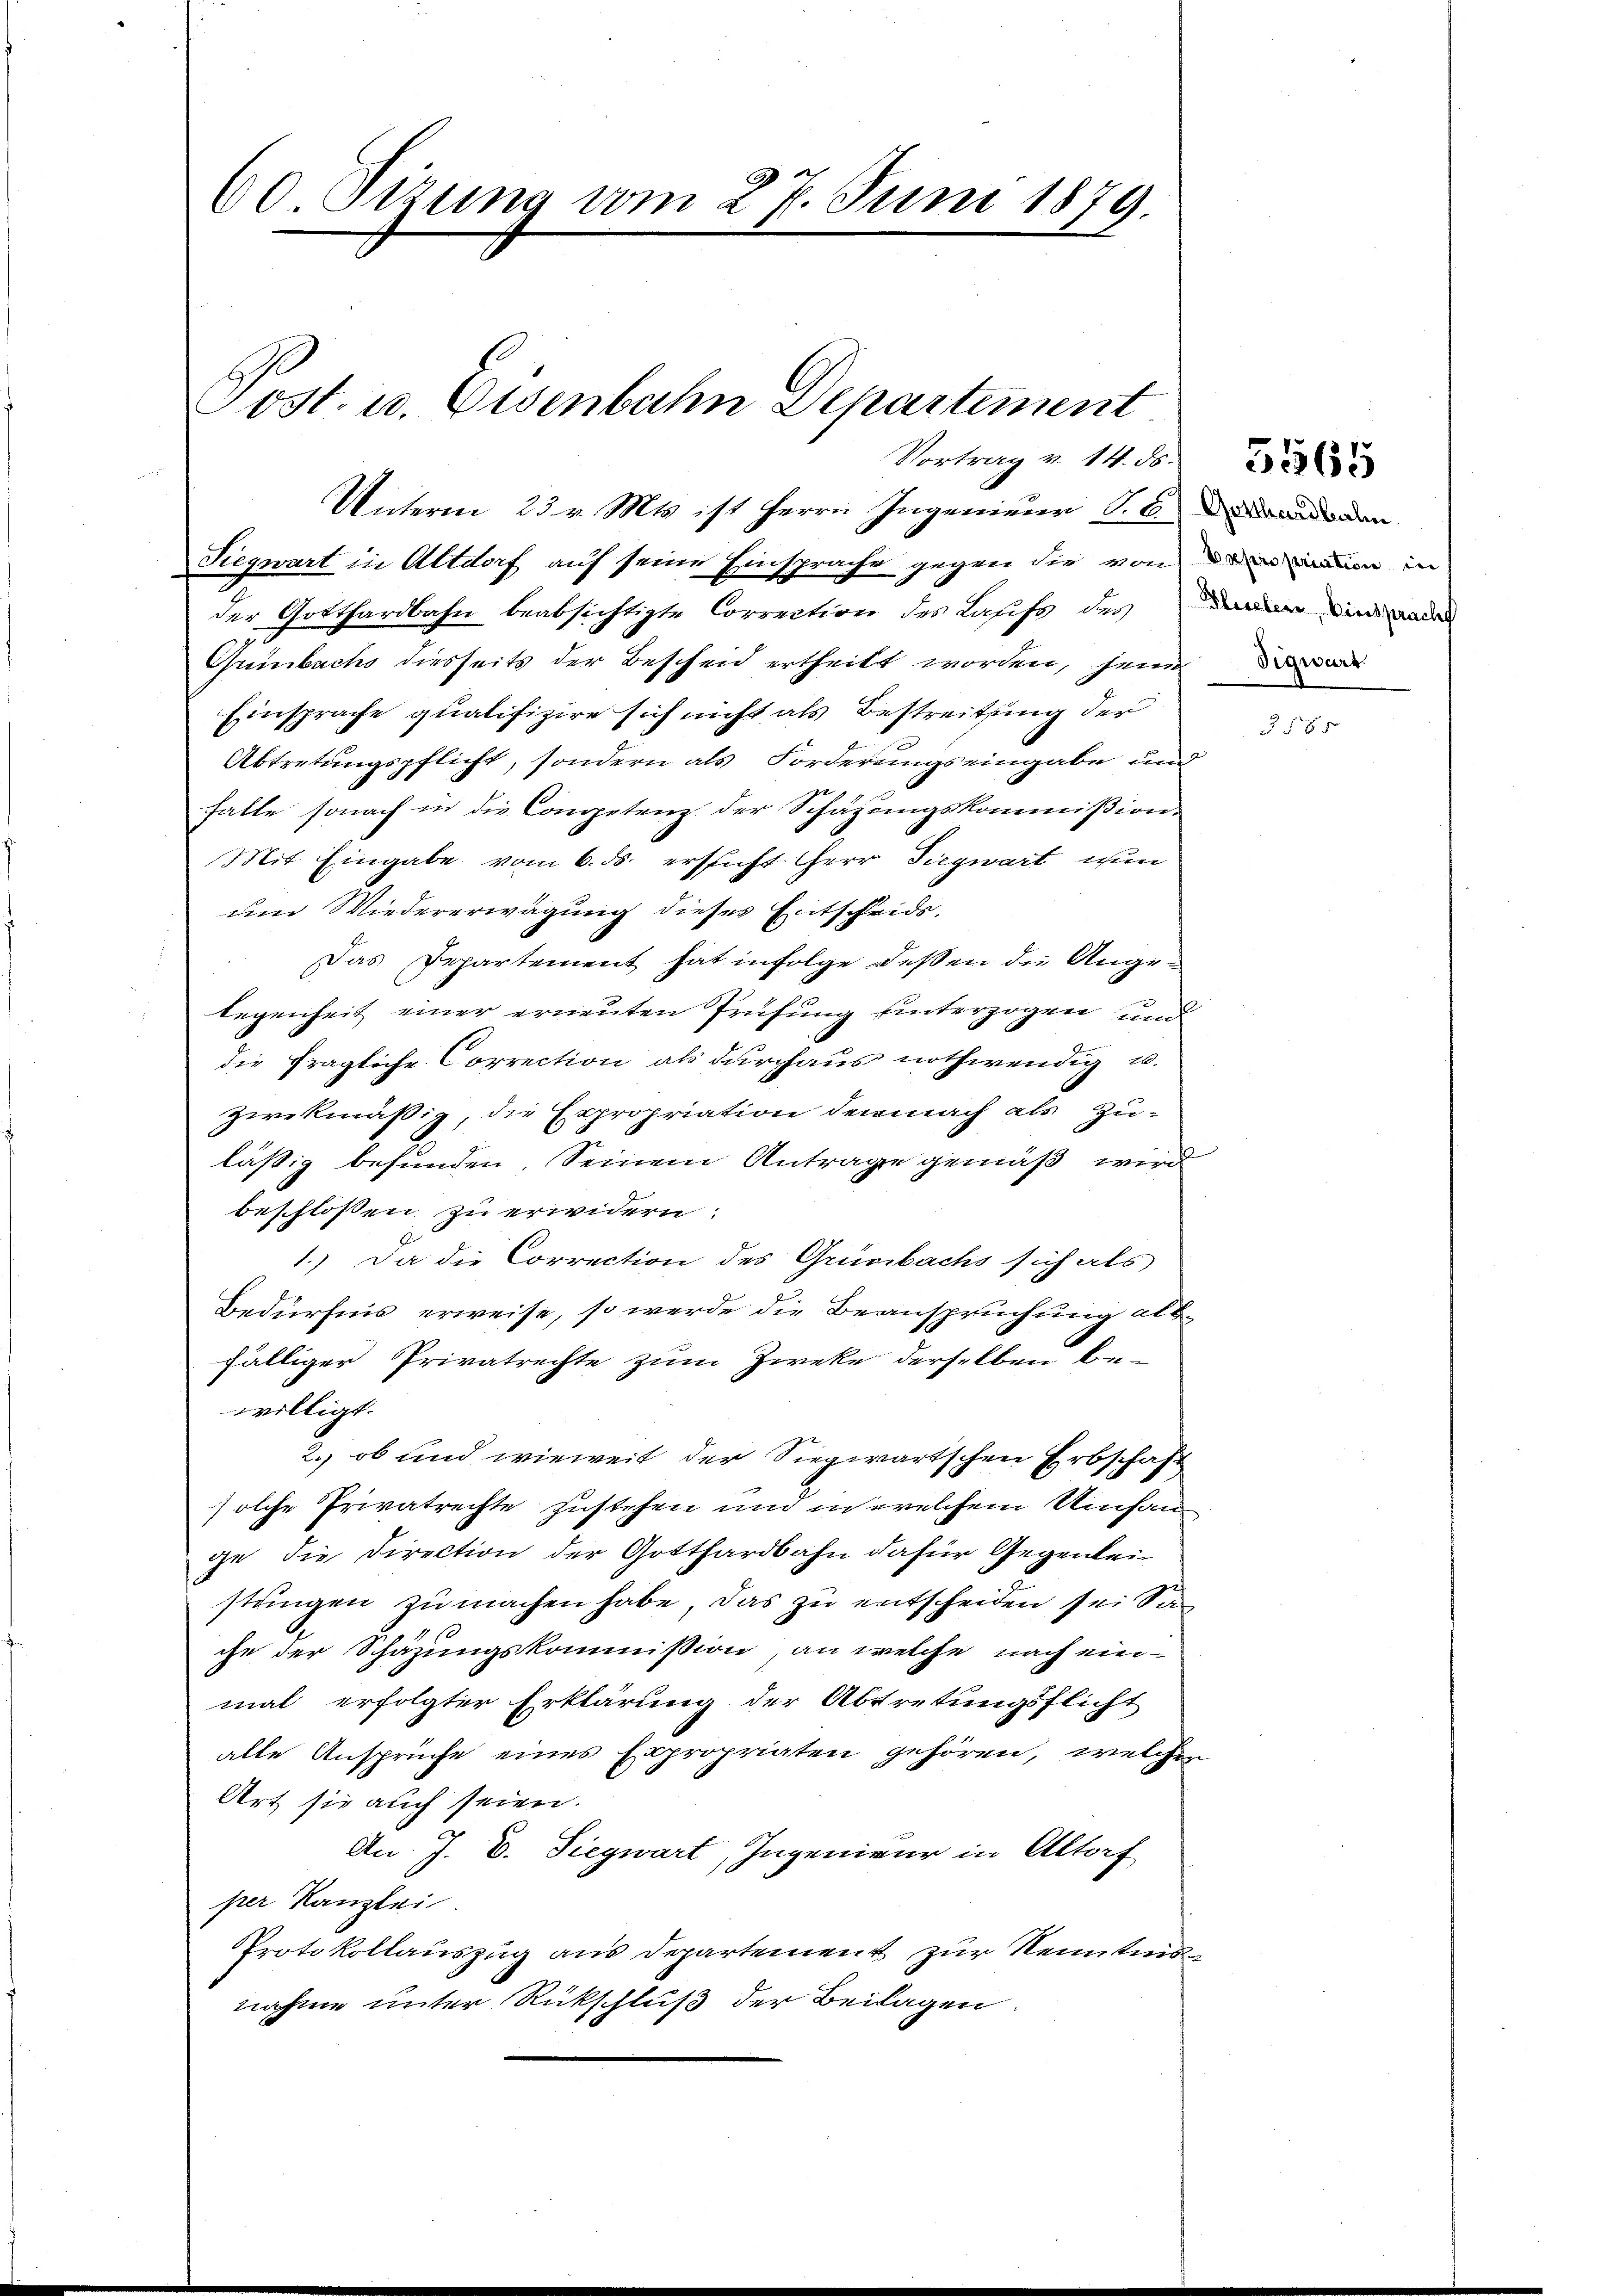
60 Sizung vom 27. Juni 1879.

Vortrag v. 14. N
Unterm 23. v. Mts. ist Herrn Ingenieur S. Code den

Tost. u. Eisenbahn Departement

u
Siegwart in Altdorf auf seine Einsprache gegen die von dem neuen in
der Gotthardbahn beabsichtigte Correction des Lahefs des davor ain a
Guinbachs diesseits der Bescheid ertheilt worden, seine
Einsprache qualifizire sich nicht als Bestreitung der
Abtretungspflicht, sondern als Forderungseingabe und
falle sonach in die Competenz der Schazungskommißion.
Mit Eingabe vom 6. ds. ersteht Herr Siegwart wi
um Wiedererwägung dieses Entscheids.
Das Departement hat infolge deßen die Angelegenheit einer erneuten Prüfung unterzogen und
die fragliche Correction als durchaus nothwendig u.
zwekmäßig, die Expropriation demnach als Zuläßig befunden, Seinem Antrage gemäß wird
beschlossen zu erwidern:
1.) Da die Correction des Grünbachs sich als
Bedürfnis erweise, so werde die Beanspruchung als-
fälliger Privatrechte zum Zweke derselben be-
willigt.
2.) ob und wieweit der Siegwartschen Erbschaft
solche Privatrechte zustehen und in welchem Umfange, die Direction der Gotthardbahn dafür Gegenleistungen zu machen habe, das zu entscheiden sei Sa
che der Schäzungskommission, an welche nach einmal erfolgter Erklärung der Abtretungsflicht
alle Ansprüche eines Expropriaten gehören, welcher
Art sie auch seien.
An J. V. Siegwart, Ingenieur in Altorf
per Kanzlei.
Protokollauszug aus Departement zur Kenntnis
nahme unter Rückschluß der Beilagen: